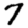
Digit: 7